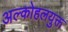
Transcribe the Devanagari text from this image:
अल्कोहलयुक्त